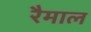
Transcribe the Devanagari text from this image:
रैमाल